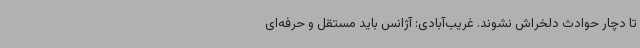
تا دچار حوادث دلخراش نشوند. غریب‌آبادی: آژانس باید مستقل و حرفه‌ای